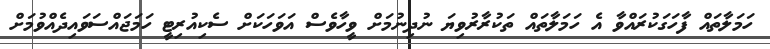
ހަމަލާތައް ފާހަގަކުރައްވާ އެ ހަމަލާތައް ތަކުރާރުވިޔަ ނުދިނުމަށް ވީހާވެސް އަވަހަކަށް ސެކިއުރިޓީ ހަމަޖައްސަވައިދެއްވުމަށް